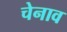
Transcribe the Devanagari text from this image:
चेनाव